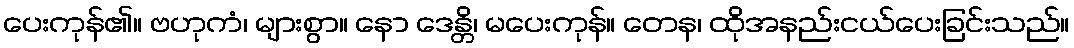
ပေးကုန်၏။ ဗဟုကံ၊ များစွာ။ နော ဒေန္တိ၊ မပေးကုန်။ တေန၊ ထိုအနည်းငယ်ပေးခြင်းသည်။